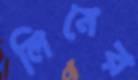
লিমের